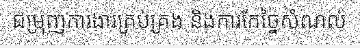
ជម្រុញការងារគ្រប់គ្រង និងការកែច្នៃសំណល់